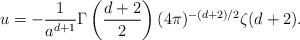
LaTeX: \begin{align*}u=-{1 \over {a^{d+1}}} \Gamma \left({d+2 \over 2}\right) (4 \pi)^{-(d+2)/2} \zeta (d+2).\end{align*}